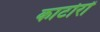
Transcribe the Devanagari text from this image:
काटोरों